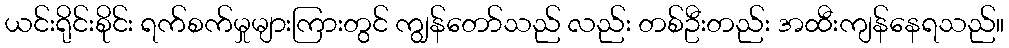
ယင်းရိုင်းစိုင်း ရက်စက်မှုများကြားတွင် ကျွန်တော်သည် လည်း တစ်ဦးတည်း အထီးကျန်နေရသည်။